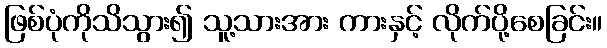
ဖြစ်ပုံကိုသိသွား၍ သူ့သားအား ကားနှင့် လိုက်ပို့စေခြင်း။